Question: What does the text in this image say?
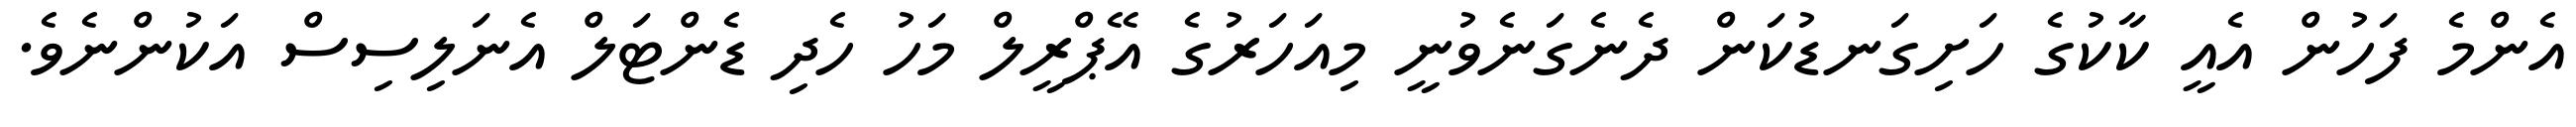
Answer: އެންމެ ފަހުން އެއީ ކާކުގެ ހަށިގަނޑުކަން ދެނެގަނެވުނީ މިއަހަރުގެ އޭޕްރީލް މަހު ހެދި ޑެންޓަލް އެނަލިސިސް އަކުންނެވެ.